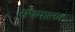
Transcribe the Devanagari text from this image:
संघमालक